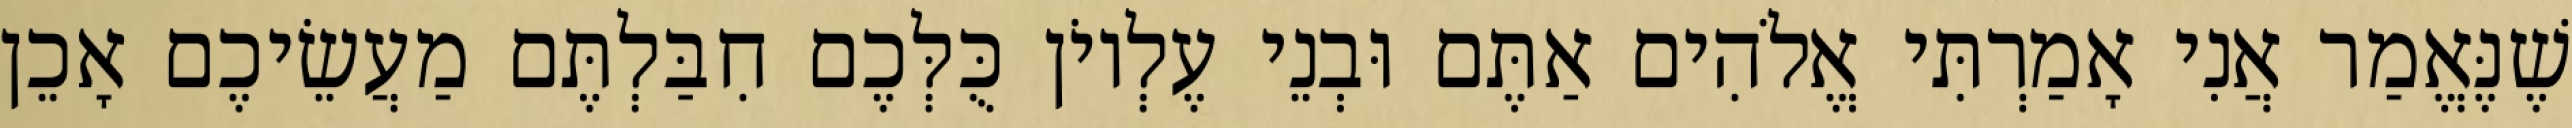
שֶׁנֶּאֱמַר אֲנִי אָמַרְתִּי אֱלֹהִים אַתֶּם וּבְנֵי עֶלְיוֹן כֻּלְּכֶם חִבַּלְתֶּם מַעֲשֵׂיכֶם אָכֵן